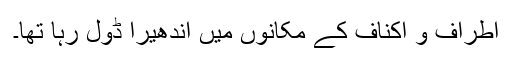
اطراف و اکناف کے مکانوں میں اندھیرا ڈول رہا تھا۔